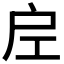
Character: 𭠀